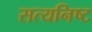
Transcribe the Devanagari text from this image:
सत्यनिष्ट